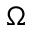
\Omega